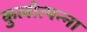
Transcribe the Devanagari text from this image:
कुलोत्पन्ना